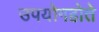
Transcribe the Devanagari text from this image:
उपयोगहोते